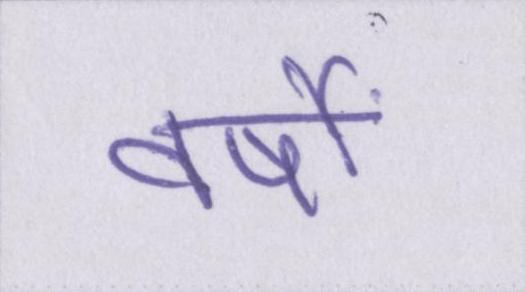
वर्षों